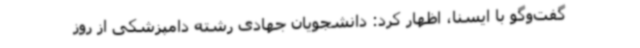
گفت‌وگو با ایسنا، اظهار کرد: دانشجویان جهادی رشته دامپزشکی از روز